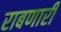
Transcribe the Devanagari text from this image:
राबणारी